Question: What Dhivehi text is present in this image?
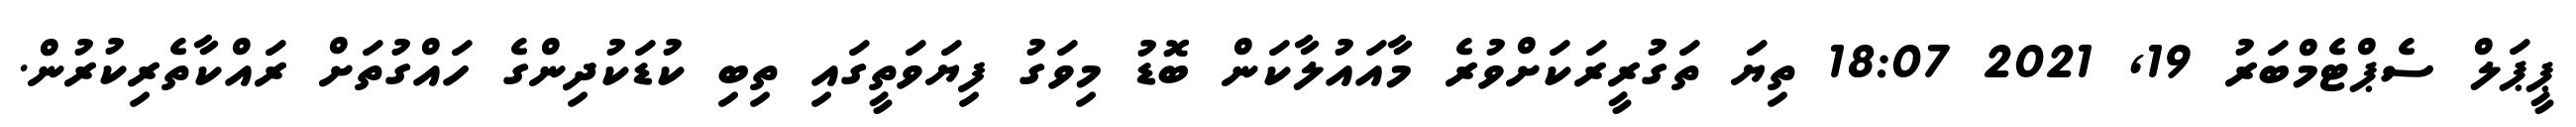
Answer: ޕީޕަލް ސެޕްޓެމްބަރު 19, 2021 18:07 ތިޔަ ތަގުރީރަކަށްވުރެ މާއައުލާކަން ބޮޑު މިވަގު ފިޔަވަތީގައި ތިބި ކުޑަކުދިންގެ ހައްގުތަށް ރައްކާތެރިކުރުން.